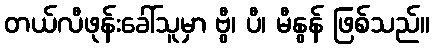
တယ်လီဖုန်းခေါ်သူမှာ ဗွီ၊ ပီ၊ မီနွန် ဖြစ်သည်။